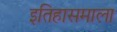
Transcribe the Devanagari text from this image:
इतिहासमाला